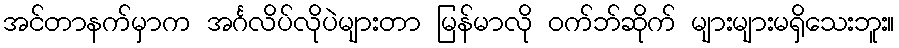
အင်တာနက်မှာက အင်္ဂလိပ်လိုပဲများတာ မြန်မာလို ဝက်ဘ်ဆိုက် များများမရှိသေးဘူး။